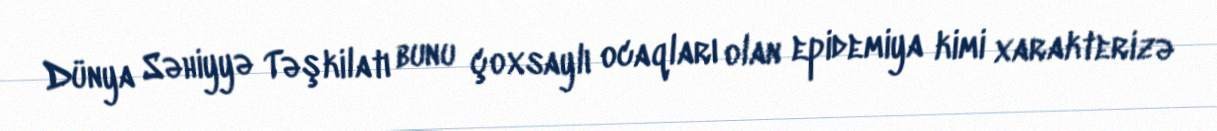
Dünya Səhiyyə Təşkilatı bunu çoxsaylı ocaqları olan epidemiya kimi xarakterizə